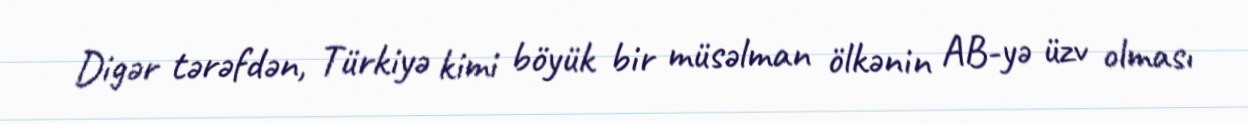
Digər tərəfdən, Türkiyə kimi böyük bir müsəlman ölkənin AB-yə üzv olması